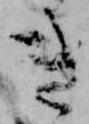
き